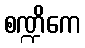
စဏ္ဍိကေ